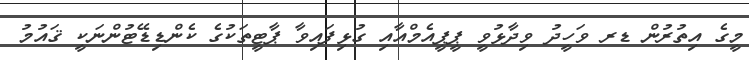
މީގެ އިތުރުން ޑރ ވަހީދު ވިދާޅުވީ ޕީޕީއެމްއާއި ގުޅިފައިވާ ޕާޓީތަކުގެ ކެންޑިޑޭޓުންނަކީ ޤައުމު